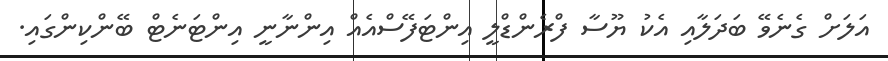
އަލަށް ގެނެވޭ ބަދަލާއި އެކު ޔޫސާ ފްރެންޑްލީ އިންޓަފޭސްއެއް އިންނާނީ އިންޓަނެޓް ބޭންކިންގައި.